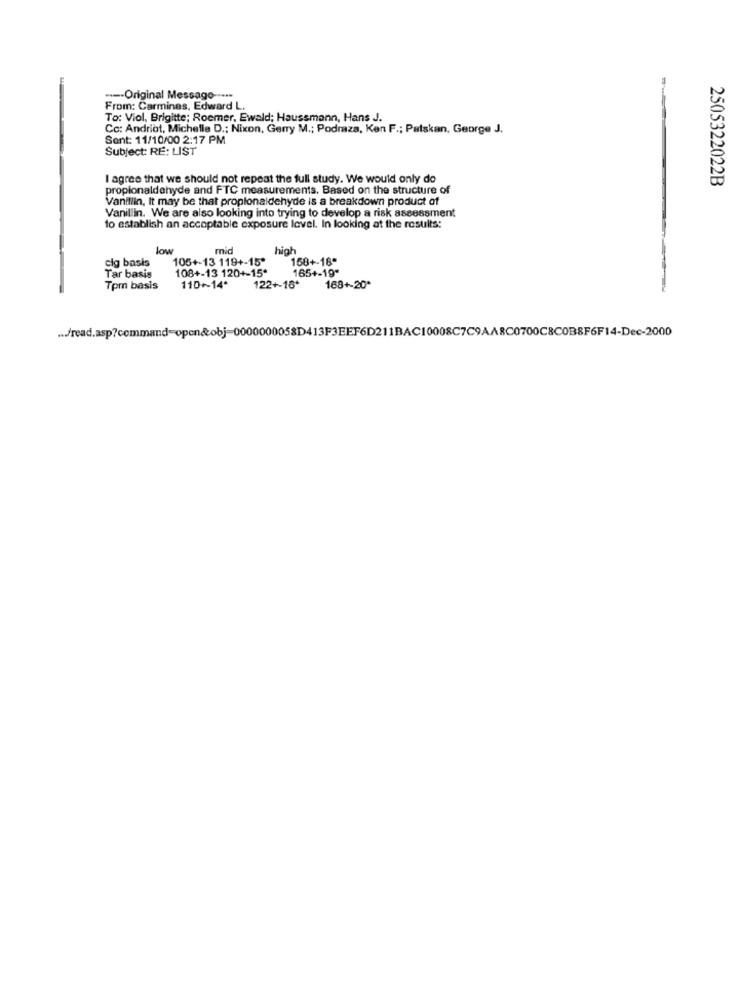
---- Original Message -----
From: Carmines, Edward L.
To: Viol, Brigitte; Roemer, Ewald; Haussmann, Hans J.
Cc: Andriot, Michelle D .: Nixon, Gerry M .; Podraza, Ken F .; Patskan, George J.
Sent: 11/10/00 2:17 PM
Subject: RE: LIST
I agree that we should not repeat the full study. We would only do
2505322022B
propionaldehyde and FTC measurements. Based on the structure of
Vanillin, It may be that propionaldehyde is a breakdown product of
Vanillin. We are also looking into trying to develop a risk assessment
to establish an acceptable exposure level. In looking at the results:
low
mid
high
cig basis
105+-13 119+-15*
158+-18*
108+-13 120+-15*
165+-19*
Tar basis
Tpm basis
110~14*
122+-16*
168+-20ª
... /read.asp?command=open&obj-0000000058D413F3EEF6D211BAC10008C7C9AA8C0700C8COB8F6F14-Dec-2000